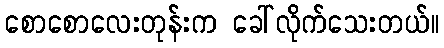
စောစောလေးတုန်းက ခေါ်လိုက်သေးတယ်။